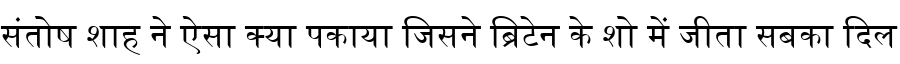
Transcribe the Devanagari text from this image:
संतोष शाह ने ऐसा क्या पकाया जिसने ब्रिटेन के शो में जीता सबका दिल